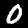
Digit: 0